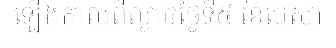
ឡើងកាលពីល្ងាចថ្ងៃទី៥ ខែមេសា